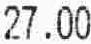
27.00